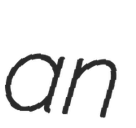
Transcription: an